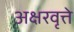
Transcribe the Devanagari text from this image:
अक्षरवृत्ते